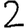
Digit: 2